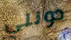
دونلي